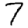
Digit: 7